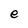
Character: e